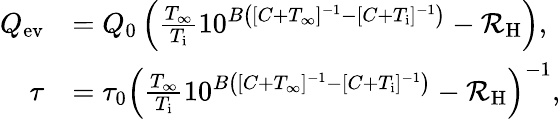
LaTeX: \begin{array}{rl}{Q_{\mathrm{ev}}}&{=Q_{0}\left(\frac{T_{\infty}}{T_{\mathrm{i}}}10^{B\left([C+T_{\infty}]^{-1}-[C+T_{\mathrm{i}}]^{-1}\right)}-\mathcal{R}_{\mathrm{H}}\right),}\\ {\tau}&{=\tau_{0}\left(\frac{T_{\infty}}{T_{\mathrm{i}}}10^{B\left([C+T_{\infty}]^{-1}-[C+T_{\mathrm{i}}]^{-1}\right)}-\mathcal{R}_{\mathrm{H}}\right)^{-1},}\end{array}